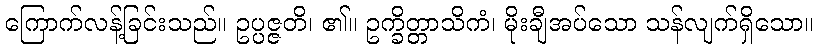
ကြောက်လန့်ခြင်းသည်။ ဥပ္ပဇ္ဇတိ၊ ၏။ ဥက္ခိတ္တာသိကံ၊ မိုးချီအပ်သော သန်လျက်ရှိသော။